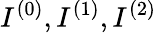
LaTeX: I^{(0)},I^{(1)},I^{(2)}